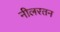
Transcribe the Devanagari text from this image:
नीलरतन